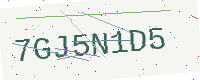
Text: 7GJ5N1D5